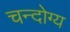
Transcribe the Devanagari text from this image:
चन्दोग्य